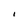
Character: I